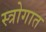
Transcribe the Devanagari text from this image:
स्त्रोगात